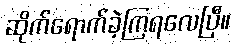
ဆိုက်ရောက်ခဲ့ကြရလေပြီ။